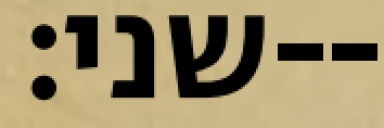
שני׃--